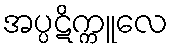
အပ္ပဋိက္ကူလေ